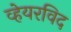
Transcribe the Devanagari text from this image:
व्हेयरविद